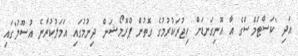
އަދި "ކަސްޓަމްސްގެ އާ އޮނިގަނޑަށް ހިޖުރަކުރުމުގެ ގޮތުން ޕްރޮމޯޝަން ދިނުމުގައި އަމަލުކުރާނެ އުސޫލު"ގައި